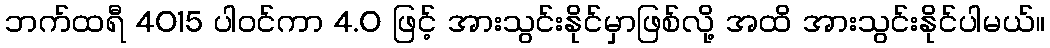
ဘက်ထရီ 4015 ပါဝင်ကာ 4.0 ဖြင့် အားသွင်းနိုင်မှာဖြစ်လို့ အထိ အားသွင်းနိုင်ပါမယ်။